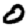
Digit: 0